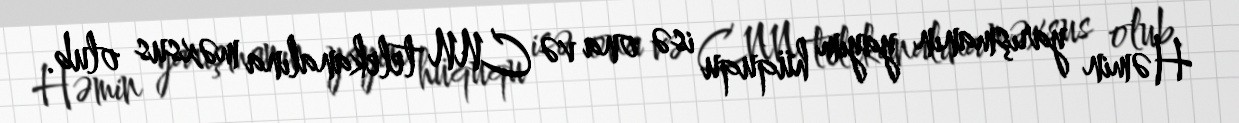
Həmin yarışmanın yayım hüququ isə ona və CNN telekanalına məxsus olub.